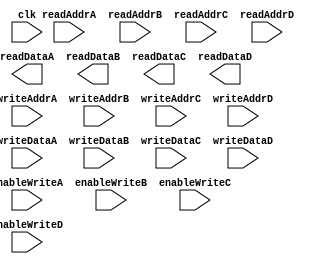
module MemoryBlocksQuadPortRF (
    input wire clk,
    input wire [3:0] readAddrA,
    input wire [3:0] readAddrB,
    input wire [3:0] readAddrC,
    input wire [3:0] readAddrD,
    input wire [3:0] writeAddrA,
    input wire [3:0] writeAddrB,
    input wire [3:0] writeAddrC,
    input wire [3:0] writeAddrD,
    input wire [31:0] writeDataA,
    input wire [31:0] writeDataB,
    input wire [31:0] writeDataC,
    input wire [31:0] writeDataD,
    input wire enableWriteA,
    input wire enableWriteB,
    input wire enableWriteC,
    input wire enableWriteD,
    output wire [31:0] readDataA,
    output wire [31:0] readDataB,
    output wire [31:0] readDataC,
    output wire [31:0] readDataD
);

// Define your memory blocks and register file here

// Define the necessary control logic here

// Define the data paths for transferring data between ports and the register file

endmodule